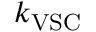
k _ { \mathrm { V S C } }